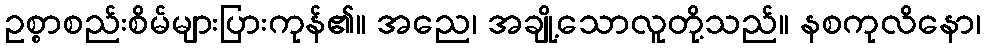
ဥစ္စာစည်းစိမ်များပြားကုန်၏။ အညေ၊ အချို့သောလူတို့သည်။ နစကုလိနော၊